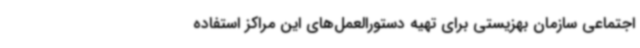
اجتماعی سازمان بهزیستی برای تهیه دستورالعمل‌های این مراکز استفاده